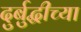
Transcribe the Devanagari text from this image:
दुर्बुद्धीच्या